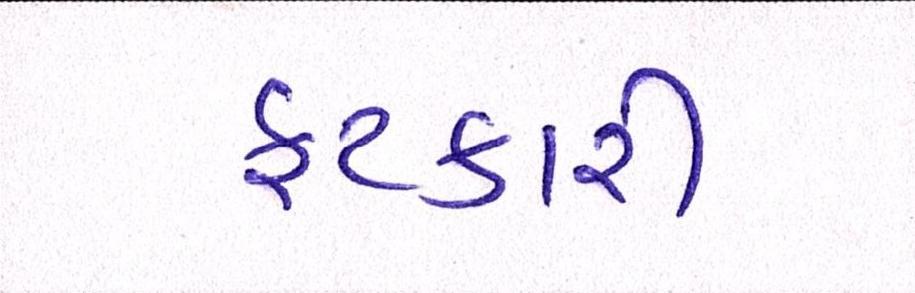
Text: ફટકારી